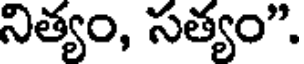
నిత్యం, సత్యం".